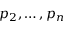
p _ { 2 } , \ldots , p _ { n }